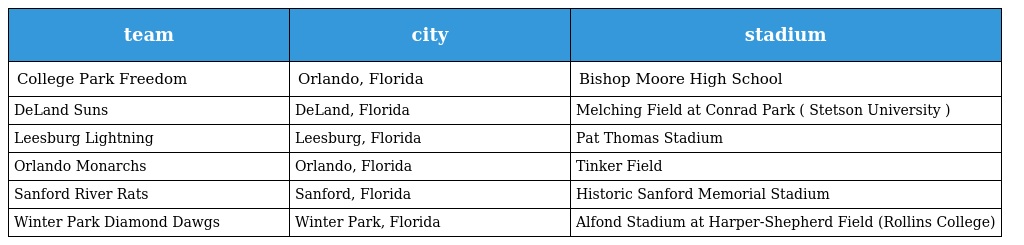
| team | city | stadium |
 | --- | --- | --- |
 | College Park Freedom | Orlando, Florida | Bishop Moore High School |
 | DeLand Suns | DeLand, Florida | Melching Field at Conrad Park ( Stetson University ) |
 | Leesburg Lightning | Leesburg, Florida | Pat Thomas Stadium |
 | Orlando Monarchs | Orlando, Florida | Tinker Field |
 | Sanford River Rats | Sanford, Florida | Historic Sanford Memorial Stadium |
 | Winter Park Diamond Dawgs | Winter Park, Florida | Alfond Stadium at Harper-Shepherd Field (Rollins College) |